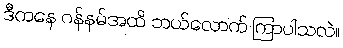
ဒီကနေ ဂန်နမ်အထိ ဘယ်လောက် ကြာပါသလဲ။